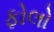
ફોલો